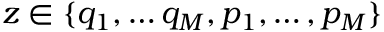
z \in \{ q _ { 1 } , \dots q _ { M } , p _ { 1 } , \dots , p _ { M } \}